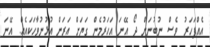
އެއްފަހަރު ވެސް ނުބުނަން ދޯ އޭނަ އަހަރުމެން ގަޔަށް އަރަން އުޅުނުވާހަކައެއް. އޭނަ